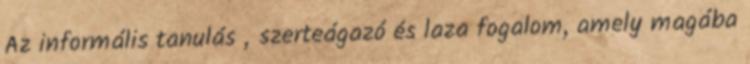
Az informális tanulás „szerteágazó és laza fogalom, amely magába